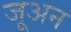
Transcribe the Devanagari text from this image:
जूअन